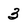
Character: 3